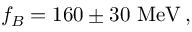
f _ { B } = 1 6 0 \pm 3 0 ~ \mathrm { M e V } \, ,